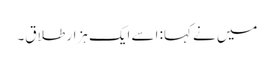
میں نے کہا: اسے ایک ہزار طلاق۔